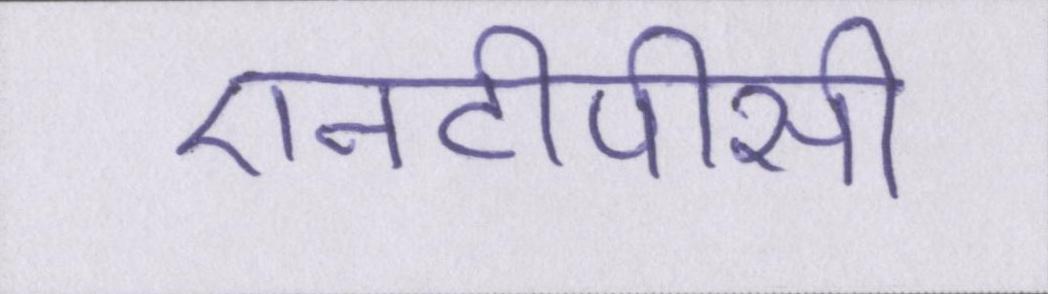
एनटीपीसी